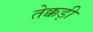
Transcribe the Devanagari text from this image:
तेक्कड़ी